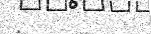
: